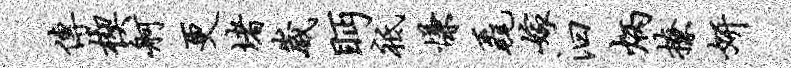
传楔舸更堵崴眄祗慊毳嫁汩炳撩妍